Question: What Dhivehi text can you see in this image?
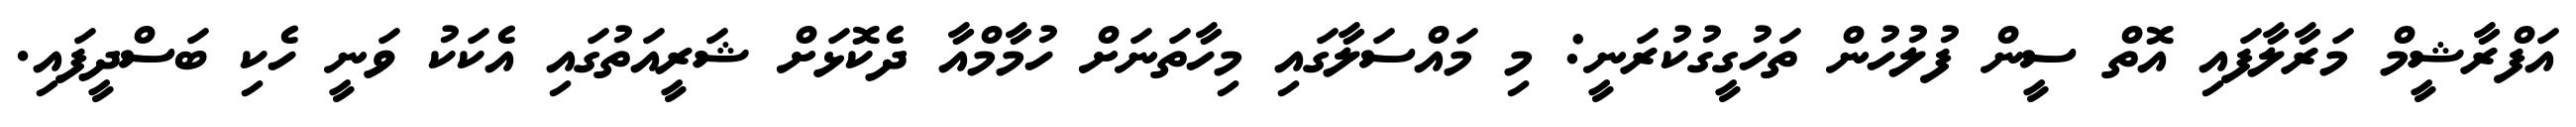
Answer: އަފްރާޝީމް މަރާލާފައި އޮތް ސީން ފުލުހުން ތަހުގީގުކުރަނީ: މި މައްސަލާގައި މިހާތަނަށް ހުމާމްއާ ދެކޮޅަށް ޝަރީއަތުގައި އެކަކު ވަނީ ހެކި ބަސްދީފައި.